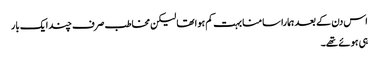
اس دن کے بعد ہمارا سامنا بہت کم ہوا تھا لیکن مخاطب صرف چند ایک بار
ہی ہوئے تھے۔